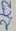
Text: 2K2